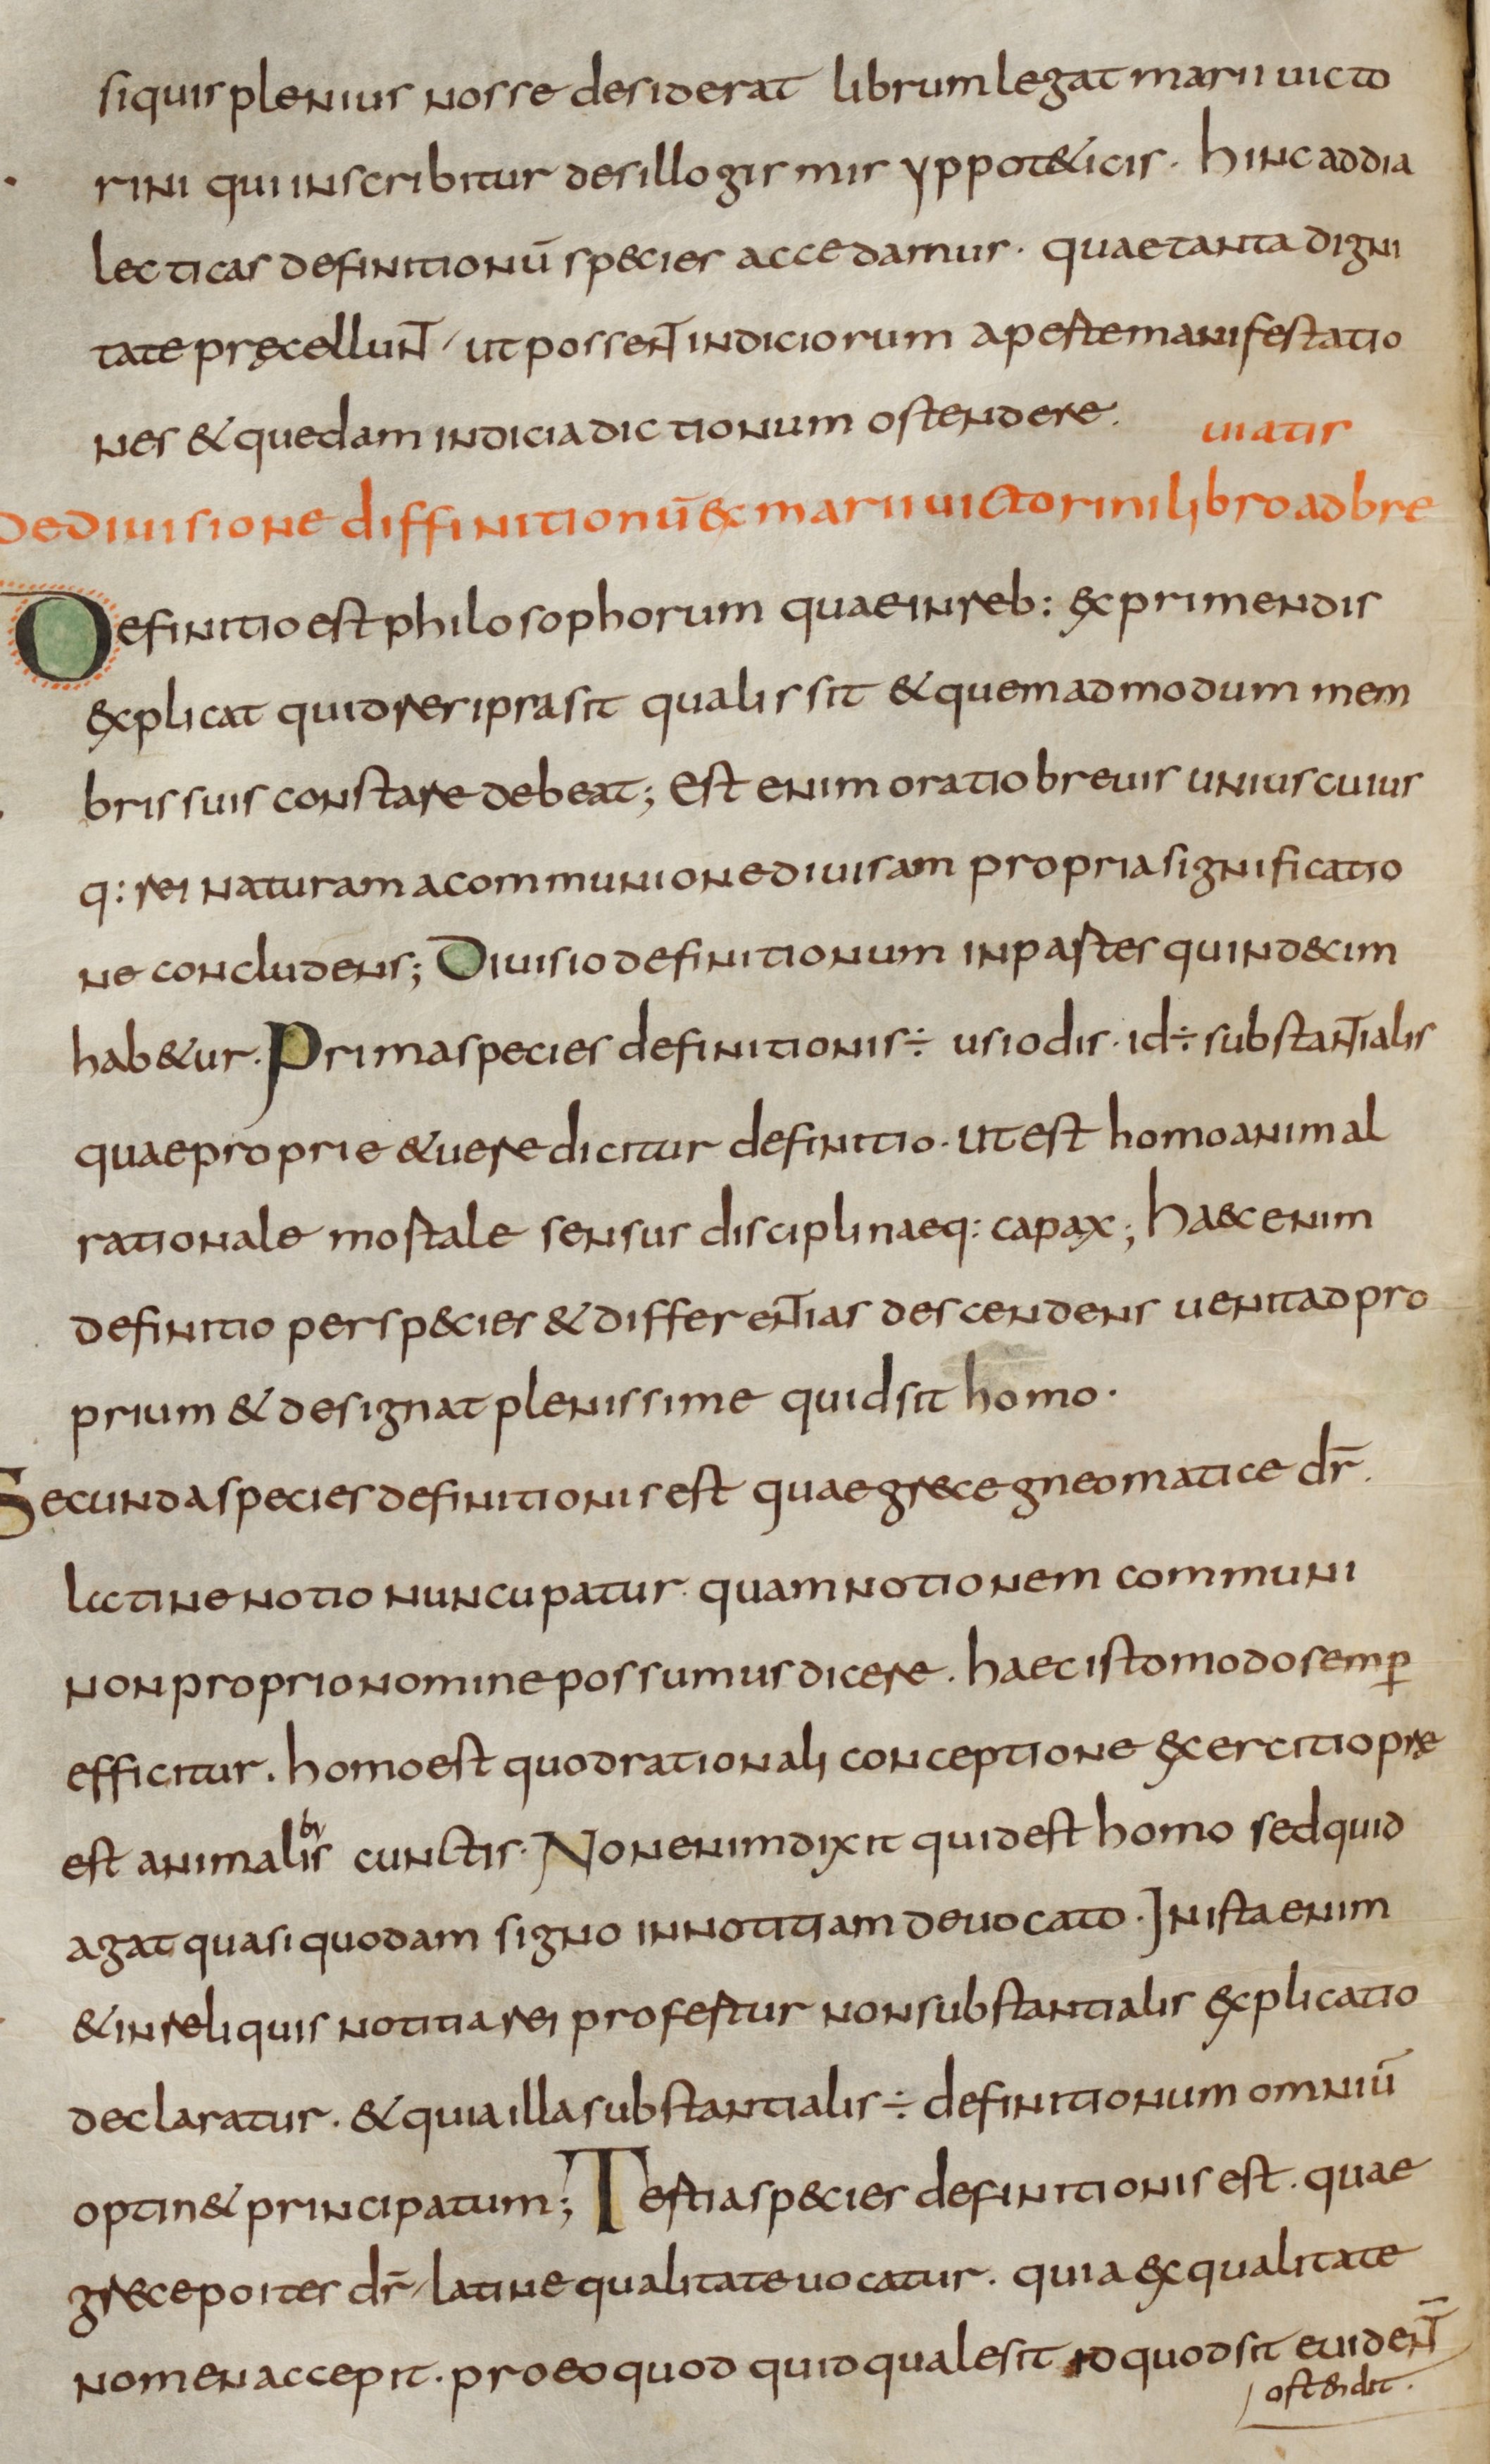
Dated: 800–824